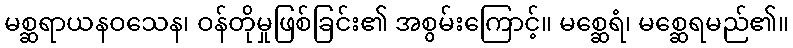
မစ္ဆရာယနဝသေန၊ ဝန်တိုမှုဖြစ်ခြင်း၏ အစွမ်းကြောင့်။ မစ္ဆေရံ၊ မစ္ဆေရမည်၏။